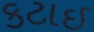
કટાઇ